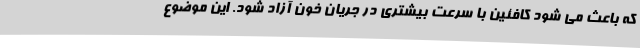
که باعث می شود کافئین با سرعت بیشتری در جریان خون آزاد شود. این موضوع